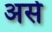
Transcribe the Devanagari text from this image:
असेे